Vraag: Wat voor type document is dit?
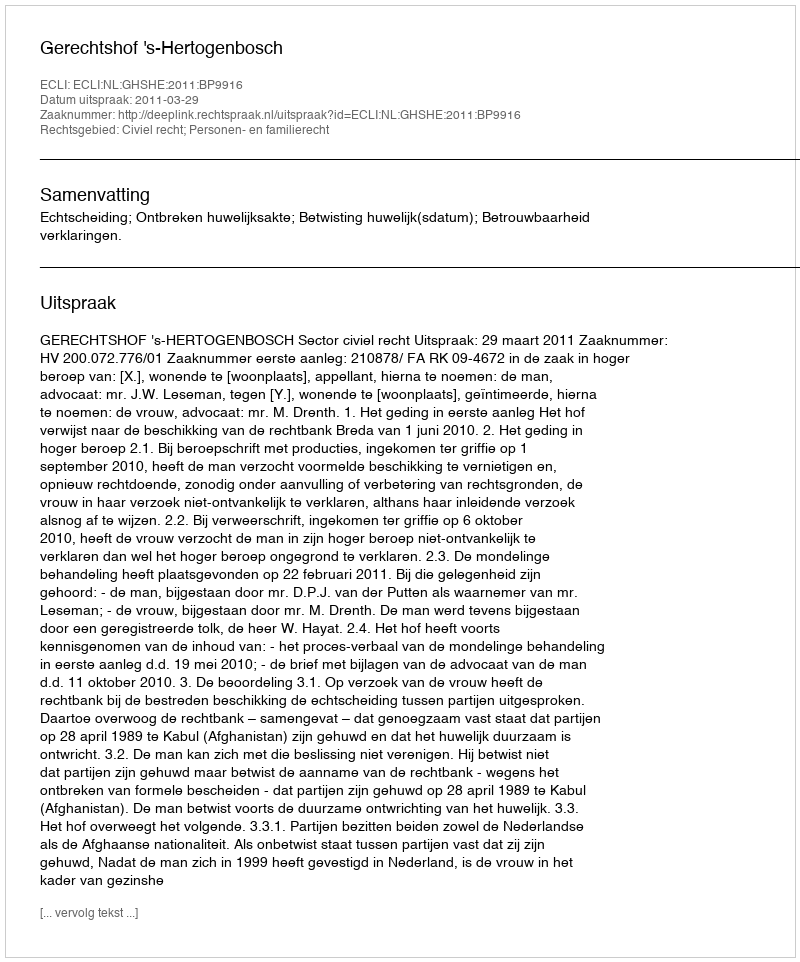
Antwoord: Uitspraak